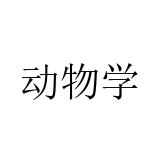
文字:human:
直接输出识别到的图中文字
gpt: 动物学